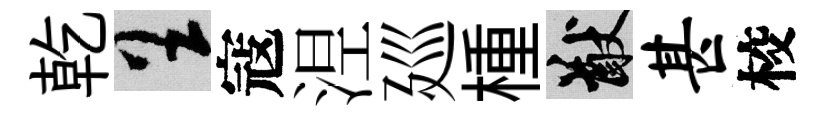
乾呈寇𣵀廵㮔猷甚校